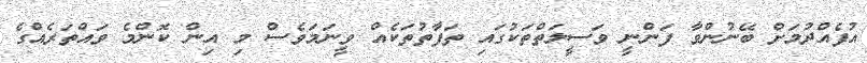
އުފެއްދުމަށް ބޭނުންވާ ފަންނީ ވަސީލަތްތަކުގައި ތަފާތުތަކެއް ވީނަމަވެސް މި އިން ކޮންމެ ވައްތަރެއްގެ